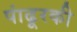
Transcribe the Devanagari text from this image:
पांढूरकी